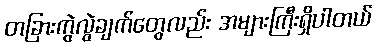
တခြားကွဲလွဲချက်တွေလည်း အများကြီးရှိပါတယ်